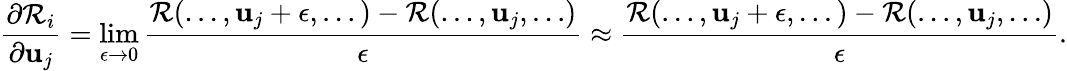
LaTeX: \displaystyle\frac{\partial\mathcal{R}_{i}}{\partial\mathbf{u}_{j}}=\operatorname*{lim}_{\epsilon\to 0}\frac{\mathcal{R}(...,\mathbf{u}_{j}+\epsilon,...)-\mathcal{R}(...,\mathbf{u}_{j},\dots)}{\epsilon}\approx\frac{\mathcal{R}(...,\mathbf{u}_{j}+\epsilon,...)-\mathcal{R}(...,\mathbf{u}_{j},\dots)}{\epsilon}.